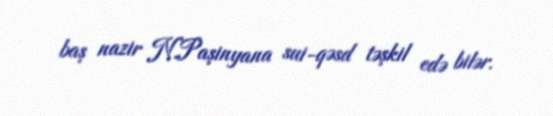
baş nazir N.Paşinyana sui-qəsd təşkil edə bilər.